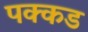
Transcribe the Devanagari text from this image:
पक्कड